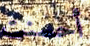
أحسنت